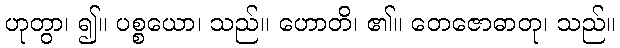
ဟုတွာ၊ ၍။ ပစ္စယော၊ သည်။ ဟောတိ၊ ၏။ တေဇောဓာတု၊ သည်။